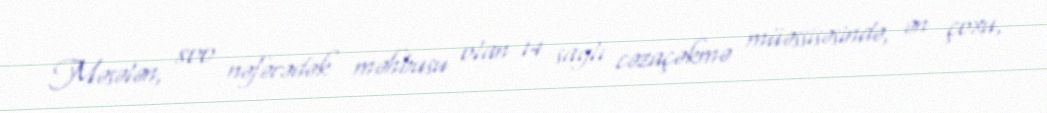
Məsələn, 800 nəfərədək məhbusu olan 14 saylı cəzaçəkmə müəssisəsində, ən çoxu,